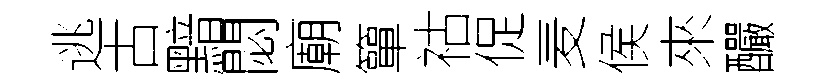
逃古黯閟廟簞祜促麦侯來釅